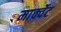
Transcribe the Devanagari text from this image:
मार्क्वेट